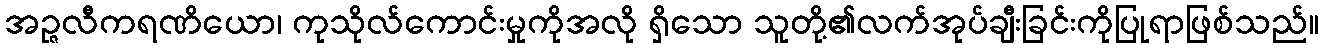
အဉ္ဇလီကရဏိယော၊ ကုသိုလ်ကောင်းမှုကိုအလို ရှိသော သူတို့၏လက်အုပ်ချီးခြင်းကိုပြုရာဖြစ်သည်။